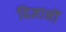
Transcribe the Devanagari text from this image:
विज्ञानॊं